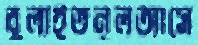
বুলাইতনূলআসে